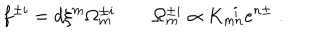
f ^ { \pm i } = d \xi ^ { m } \Omega _ { m } ^ { \pm i } \qquad \Omega _ { m } ^ { \pm i } \propto K _ { m n } ^ { ~ ~ i } e ^ { n \pm } \; .